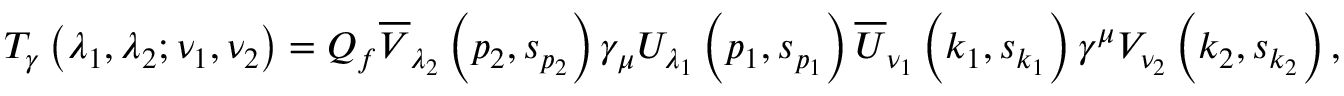
T _ { \gamma } \left( \lambda _ { 1 } , \lambda _ { 2 } ; \nu _ { 1 } , \nu _ { 2 } \right) = Q _ { f } \overline { { { V } } } _ { \lambda _ { 2 } } \left( p _ { 2 } , s _ { p _ { 2 } } \right) \gamma _ { \mu } U _ { \lambda _ { 1 } } \left( p _ { 1 } , s _ { p _ { 1 } } \right) \overline { { { U } } } _ { \nu _ { 1 } } \left( k _ { 1 } , s _ { k _ { 1 } } \right) \gamma ^ { \mu } V _ { \nu _ { 2 } } \left( k _ { 2 } , s _ { k _ { 2 } } \right) ,